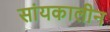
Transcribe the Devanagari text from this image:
सांयकालीन